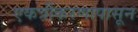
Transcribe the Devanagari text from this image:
एकत्रीकरणापासून